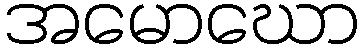
အမောဃော